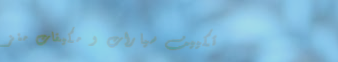
تكييف سيارات و مكيفات منز